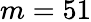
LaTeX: m=51